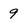
Character: 9